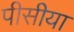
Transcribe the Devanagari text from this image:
पीसीया